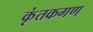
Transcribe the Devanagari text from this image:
कृंतकगण